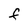
Character: F